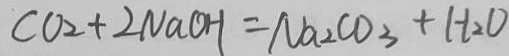
C O _ { 2 } + 2 N a C H = N a _ { 2 } C O _ { 3 } + H _ { 2 } O